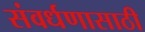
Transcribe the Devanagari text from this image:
संवर्धणासाठी